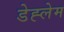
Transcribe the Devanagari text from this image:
डेह्लेम